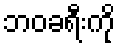
ဘဝခရီးကို